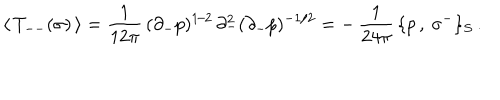
\langle \, T _ { -- } ( \sigma ) \, \rangle = \frac { 1 } { 1 2 \pi } \, ( \partial _ { - } p ) ^ { 1 / 2 } \, \partial _ { - } ^ { 2 } ( \partial _ { - } p ) ^ { - 1 / 2 } = - \, \frac { 1 } { 2 4 \pi } \, \{ p \, , \: \sigma ^ { - } \} _ { S } \, .